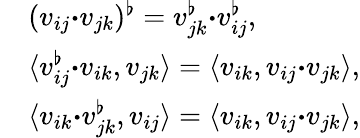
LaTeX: \begin{array}{rl}&{(v_{ij}{\boldsymbol{\cdot}}v_{jk})^{\flat}=v_{jk}^{\flat}{\boldsymbol{\cdot}}v_{ij}^{\flat},}\\ &{\langle v_{ij}^{\flat}{\boldsymbol{\cdot}}v_{ik},v_{jk}\rangle=\langle v_{ik},v_{ij}{\boldsymbol{\cdot}}v_{jk}\rangle,}\\ &{\langle v_{ik}{\boldsymbol{\cdot}}v_{jk}^{\flat},v_{ij}\rangle=\langle v_{ik},v_{ij}{\boldsymbol{\cdot}}v_{jk}\rangle,}\end{array}